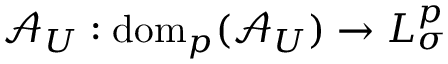
\mathcal { A } _ { U } : \mathrm { d o m } _ { p } ( \mathcal { A } _ { U } ) \to L _ { \sigma } ^ { p }